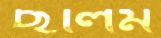
ছলিম